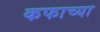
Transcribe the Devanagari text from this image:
कफाच्या